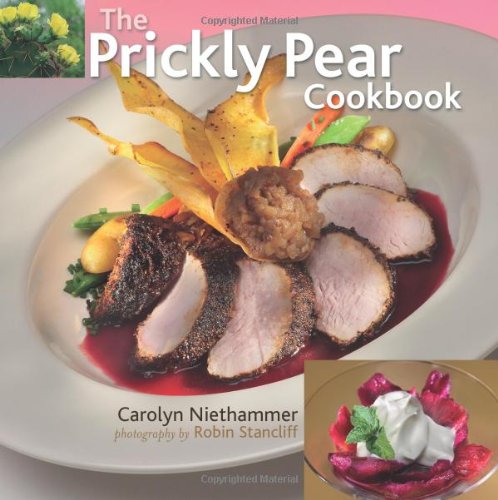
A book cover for The Prickly Pear Cookbook; Carolyn Niethammer; Cookbooks, Food & Wine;